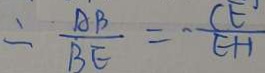
\therefore \frac { A B } { B E } = - \frac { C E } { E H }